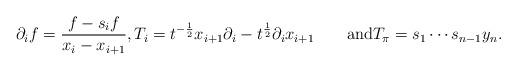
LaTeX: \begin{align*}\partial_i f = \frac{f-s_if}{x_i-x_{i+1}},T_i = t^{-\frac12}x_{i+1}\partial_i - t^{\frac12}\partial_i x_{i+1}\qquad\hbox{and}T_\pi = s_1\cdots s_{n-1}y_n.\end{align*}